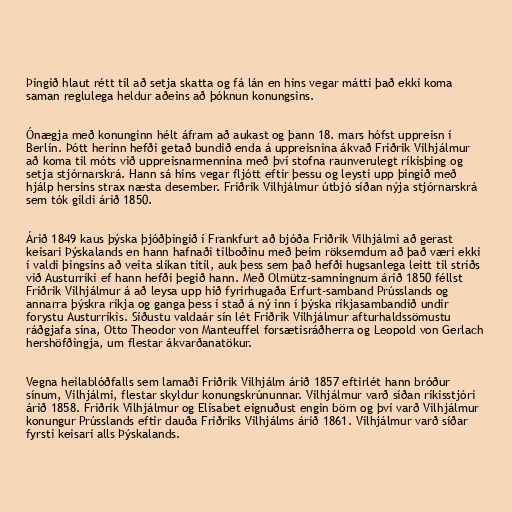
Þingið hlaut rétt til að setja skatta og fá lán en hins vegar mátti það ekki koma
saman reglulega heldur aðeins að þóknun konungsins.

Ónægja með konunginn hélt áfram að aukast og þann 18. mars hófst uppreisn í
Berlín. Þótt herinn hefði getað bundið enda á uppreisnina ákvað Friðrik Vilhjálmur
að koma til móts við uppreisnarmennina með því stofna raunverulegt ríkisþing og
setja stjórnarskrá. Hann sá hins vegar fljótt eftir þessu og leysti upp þingið með
hjálp hersins strax næsta desember. Friðrik Vilhjálmur útbjó síðan nýja stjórnarskrá
sem tók gildi árið 1850.

Árið 1849 kaus þýska þjóðþingið í Frankfurt að bjóða Friðrik Vilhjálmi að gerast
keisari Þýskalands en hann hafnaði tilboðinu með þeim röksemdum að það væri ekki
í valdi þingsins að veita slíkan titil, auk þess sem það hefði hugsanlega leitt til stríðs
við Austurríki ef hann hefði þegið hann. Með Olmütz-samningnum árið 1850 féllst
Friðrik Vilhjálmur á að leysa upp hið fyrirhugaða Erfurt-samband Prússlands og
annarra þýskra ríkja og ganga þess í stað á ný inn í þýska ríkjasambandið undir
forystu Austurríkis. Síðustu valdaár sín lét Friðrik Vilhjálmur afturhaldssömustu
ráðgjafa sína, Otto Theodor von Manteuffel forsætisráðherra og Leopold von Gerlach
hershöfðingja, um flestar ákvarðanatökur.

Vegna heilablóðfalls sem lamaði Friðrik Vilhjálm árið 1857 eftirlét hann bróður
sínum, Vilhjálmi, flestar skyldur konungskrúnunnar. Vilhjálmur varð síðan ríkisstjóri
árið 1858. Friðrik Vilhjálmur og Elísabet eignuðust engin börn og því varð Vilhjálmur
konungur Prússlands eftir dauða Friðriks Vilhjálms árið 1861. Vilhjálmur varð síðar
fyrsti keisari alls Þýskalands.